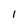
Character: l